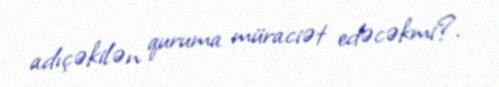
adıçəkilən quruma müraciət edəcəkmi?.